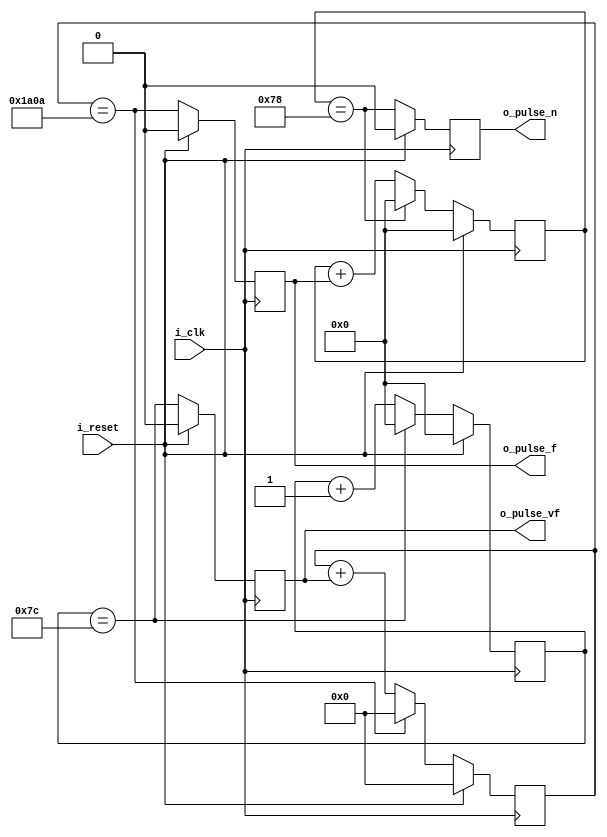
`timescale 1ns / 1ps
//////////////////////////////////////////////////////////////////////////////////
// Company: 
// Engineer: 
// 
// Design Name: 
// Module Name:    pulse_gen 
// Project Name: 
// Target Devices: 
// Tool versions: 
// Description: 
//
// Dependencies: 
//
// Revision: 
// Revision 0.01 - File Created
// Additional Comments: 
//
//////////////////////////////////////////////////////////////////////////////////
module pulse_gen(
    input i_clk,					// 12 MHz (Actually 100 MHz) (10 ns)	
    input i_reset,
    output reg o_pulse_vf,  	// 1200 ns (1.2 us) 	(0.833 MHz)	(So 14.4 clock cycles, will have to make 15 (1250 ns)) (125 100Mhz)
	 output reg o_pulse_f,		// 8.333 ms				(120 Hz) (6666.64 o_signal_vf cycles (Round up to 6667))
	 output reg o_pulse_n		// 1 s					(1 Hz) (120 o_signal_f cycles)
    );
	 
	 reg [6:0] r_cnt_vf = 7'h0;			// f
	 reg [12:0] r_cnt_f = 13'h0000;		// 1aob
	 reg [6:0] r_cnt_n = 8'h00;			// 79
	 
	 always @(posedge i_clk) begin
		if (i_reset) begin							// Reset everything to 0 on reset
			o_pulse_vf <= 1'b0;
			o_pulse_f <= 1'b0;
			o_pulse_n <= 1'b0;
			r_cnt_vf <= 7'h0;
			r_cnt_f <= 13'h0000;
			r_cnt_n <= 7'h00;
		end else begin										// Generate a pulse for one clock cycle every 12000000 clock cycles (d12000000==hb71b00)

			o_pulse_vf <= (r_cnt_vf==7'h7d-1'b1);
			o_pulse_f <= (r_cnt_f==13'h1a0b-1'b1);
			o_pulse_n <= (r_cnt_n==7'h79-1'b1);
						
			if (r_cnt_vf==7'h7d-1'b1) r_cnt_vf <= 7'h0;
			else r_cnt_vf <= r_cnt_vf+1'b1;
			
			if (r_cnt_f==16'h1a0b-1'b1) r_cnt_f <= 4'h0;
			else r_cnt_f <= r_cnt_f+o_pulse_vf;
			
			if (r_cnt_n==7'h79-1'b1) r_cnt_n <= 4'h0;
			else r_cnt_n <= r_cnt_n+o_pulse_f;
			
		end
	 end

endmodule